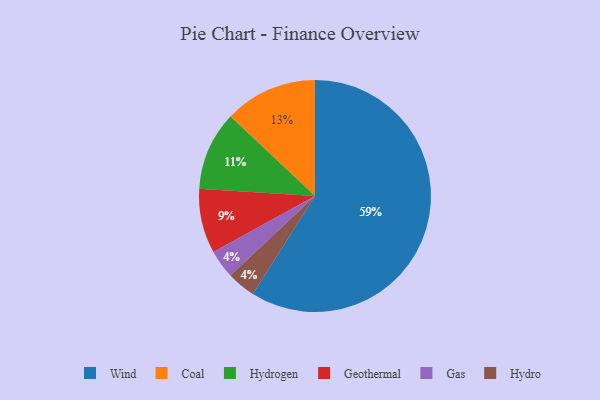
{"axis": {"x": "Category", "y": "Percentage"}, "legend": ["Coal", "Gas", "Geothermal", "Hydro", "Hydrogen", "Wind"], "data": [{"x": "Gas", "y": 4, "type": "Gas"}, {"x": "Coal", "y": 13, "type": "Coal"}, {"x": "Geothermal", "y": 9, "type": "Geothermal"}, {"x": "Hydrogen", "y": 11, "type": "Hydrogen"}, {"x": "Wind", "y": 59, "type": "Wind"}, {"x": "Hydro", "y": 4, "type": "Hydro"}]}